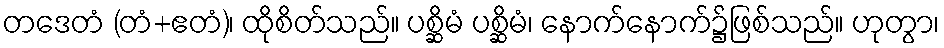
တဒေတံ (တံ+ဧတံ)၊ ထိုစိတ်သည်။ ပစ္ဆိမံ ပစ္ဆိမံ၊ နောက်နောက်၌ဖြစ်သည်။ ဟုတွာ၊